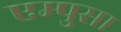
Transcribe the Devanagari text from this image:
एम्पुसा